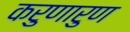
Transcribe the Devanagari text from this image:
करुणारुण